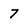
Character: 7